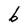
Character: b